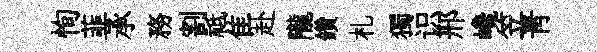
恂韮承務割祗隹赴隴鑽札獨识邢巉笠青